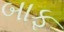
બાફ